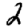
Digit: 2